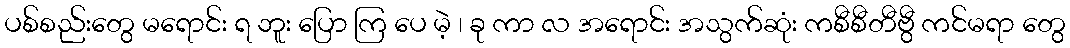
ပစ်စည်းတွေ မရောင်း ရ ဘူး ပြော ကြ ပေ မဲ့ ၊ ခု ကာ လ အရောင်း အသွက်ဆုံး ကစီစီတီဗွီ ကင်မရာ တွေ